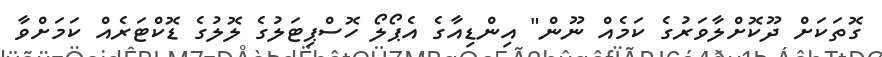
ގޮތަކަށް ދޫކޮށްލާވަރުގެ ކަމެއް ނޫން" އިންޑިއާގެ އެޕޯލޯ ހޮސްޕިޓަލުގެ ލޮލުގެ ޑޮކްޓަރެއް ކަމަށްވާ